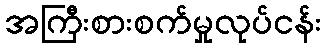
အကြီးစားစက်မှုလုပ်ငန်း